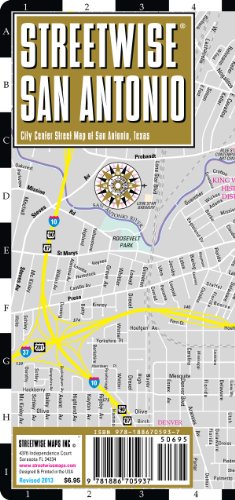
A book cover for Streetwise San Antonio Map - Laminated City Center Street Map of San Antonio, Texas - Folding pocket size travel map; Streetwise Maps; Travel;